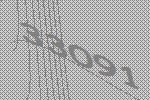
33091